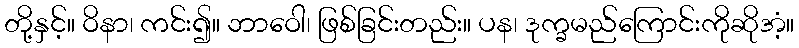
တို့နှင့်။ ဝိနာ၊ ကင်း၍။ ဘာဝေါ၊ ဖြစ်ခြင်းတည်း။ ပန၊ ဒုက္ခမည်ကြောင်းကိုဆိုအံ့။